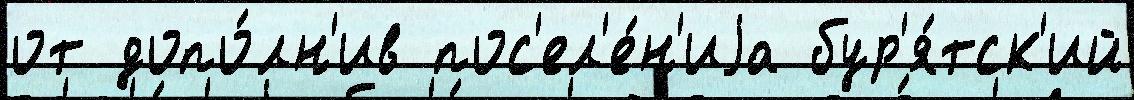
от допо́лн'ив пос'ел'е́н'иjа бур'я́тск'ий